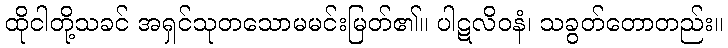
ထိုငါတို့သခင် အရှင်သုတသောမမင်းမြတ်၏။ ပါဋလိဝနံ၊ သခွတ်တောတည်း။